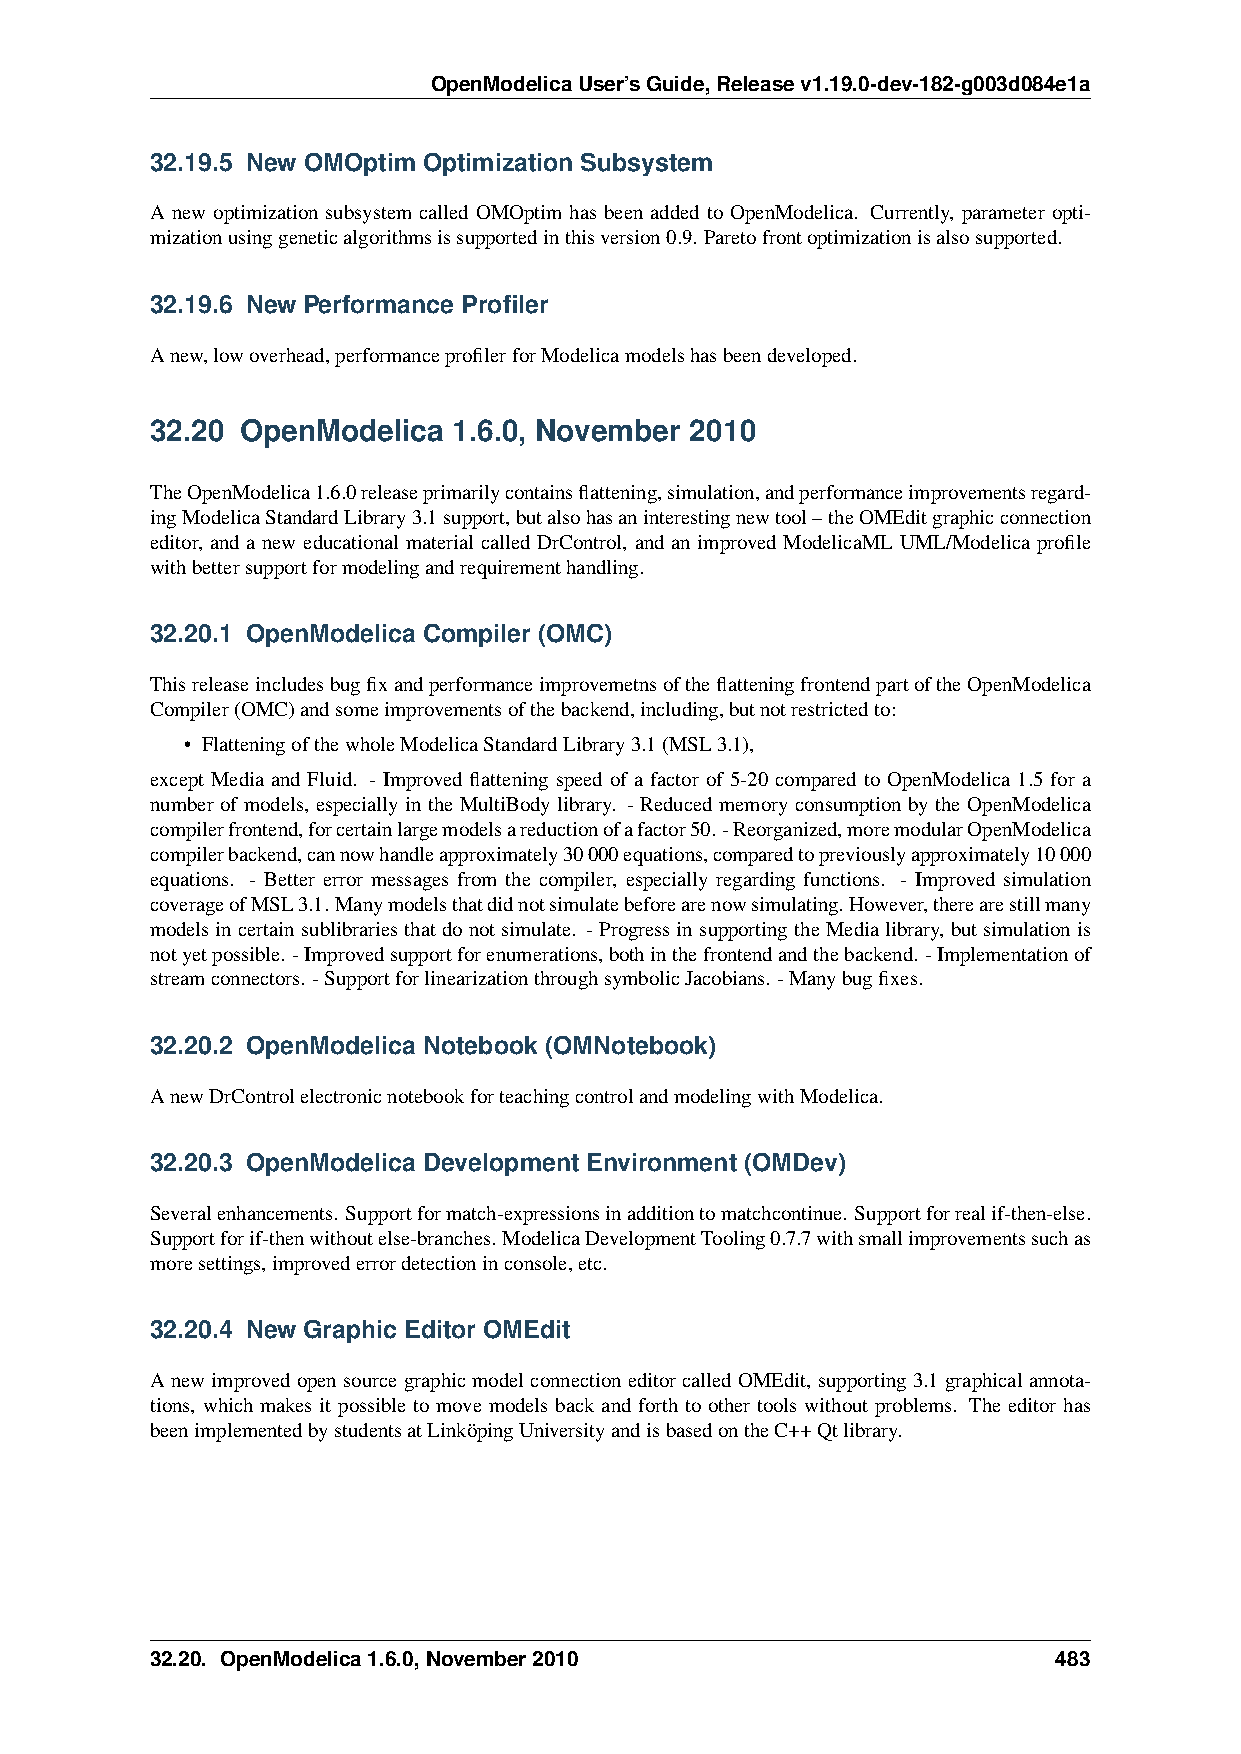
OpenModelicaUser’sGuide,Releasev1.19.0-dev-182-g003d084e1a
 32.19.5 New OMOptim Optimization Subsystem
 A new optimization subsystem called OMOptim has been added to OpenModelica. Currently, parameter opti-
 mizationusinggeneticalgorithmsissupportedinthisversion0.9. Paretofrontoptimizationisalsosupported.
 32.19.6 New Performance Profiler
 Anew,lowoverhead,performanceprofilerforModelicamodelshasbeendeveloped.
 32.20 OpenModelica  1.6.0, November 2010
 TheOpenModelica1.6.0releaseprimarilycontainsflattening,simulation,andperformanceimprovementsregard-
 ingModelicaStandardLibrary3.1support,butalsohasaninterestingnewtool–theOMEditgraphicconnection
 editor, and a new educational material called DrControl, and an improved ModelicaML UML/Modelica profile
 withbettersupportformodelingandrequirementhandling.
 32.20.1 OpenModelica Compiler (OMC)
 ThisreleaseincludesbugfixandperformanceimprovemetnsoftheflatteningfrontendpartoftheOpenModelica
 Compiler(OMC)andsomeimprovementsofthebackend,including,butnotrestrictedto:
 • FlatteningofthewholeModelicaStandardLibrary3.1(MSL3.1),
 except Media and Fluid. - Improved flattening speed of a factor of 5-20 compared to OpenModelica 1.5 for a
 number of models, especially in the MultiBody library. - Reduced memory consumption by the OpenModelica
 compilerfrontend,forcertainlargemodelsareductionofafactor50.-Reorganized,moremodularOpenModelica
 compilerbackend,cannowhandleapproximately30000equations,comparedtopreviouslyapproximately10000
 equations. - Better error messages from the compiler, especially regarding functions. - Improved simulation
 coverageofMSL3.1.Manymodelsthatdidnotsimulatebeforearenowsimulating.However,therearestillmany
 modelsincertainsublibrariesthatdonotsimulate. -ProgressinsupportingtheMedialibrary, butsimulationis
 notyetpossible. -Improvedsupportforenumerations,bothinthefrontendandthebackend. -Implementationof
 streamconnectors. -SupportforlinearizationthroughsymbolicJacobians. -Manybugfixes.
 32.20.2 OpenModelica Notebook (OMNotebook)
 AnewDrControlelectronicnotebookforteachingcontrolandmodelingwithModelica.
 32.20.3 OpenModelica Development Environment (OMDev)
 Severalenhancements. Supportformatch-expressionsinadditiontomatchcontinue. Supportforrealif-then-else.
 Supportforif-thenwithoutelse-branches. ModelicaDevelopmentTooling0.7.7withsmallimprovementssuchas
 moresettings,improvederrordetectioninconsole,etc.
 32.20.4 New Graphic Editor OMEdit
 AnewimprovedopensourcegraphicmodelconnectioneditorcalledOMEdit, supporting3.1graphicalannota-
 tions, which makes it possible to move models back and forth to other tools without problems. The editor has
 beenimplementedbystudentsatLinköpingUniversityandisbasedontheC++Qtlibrary.
 32.20. OpenModelica1.6.0,November2010                       483